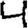
Digit: 4